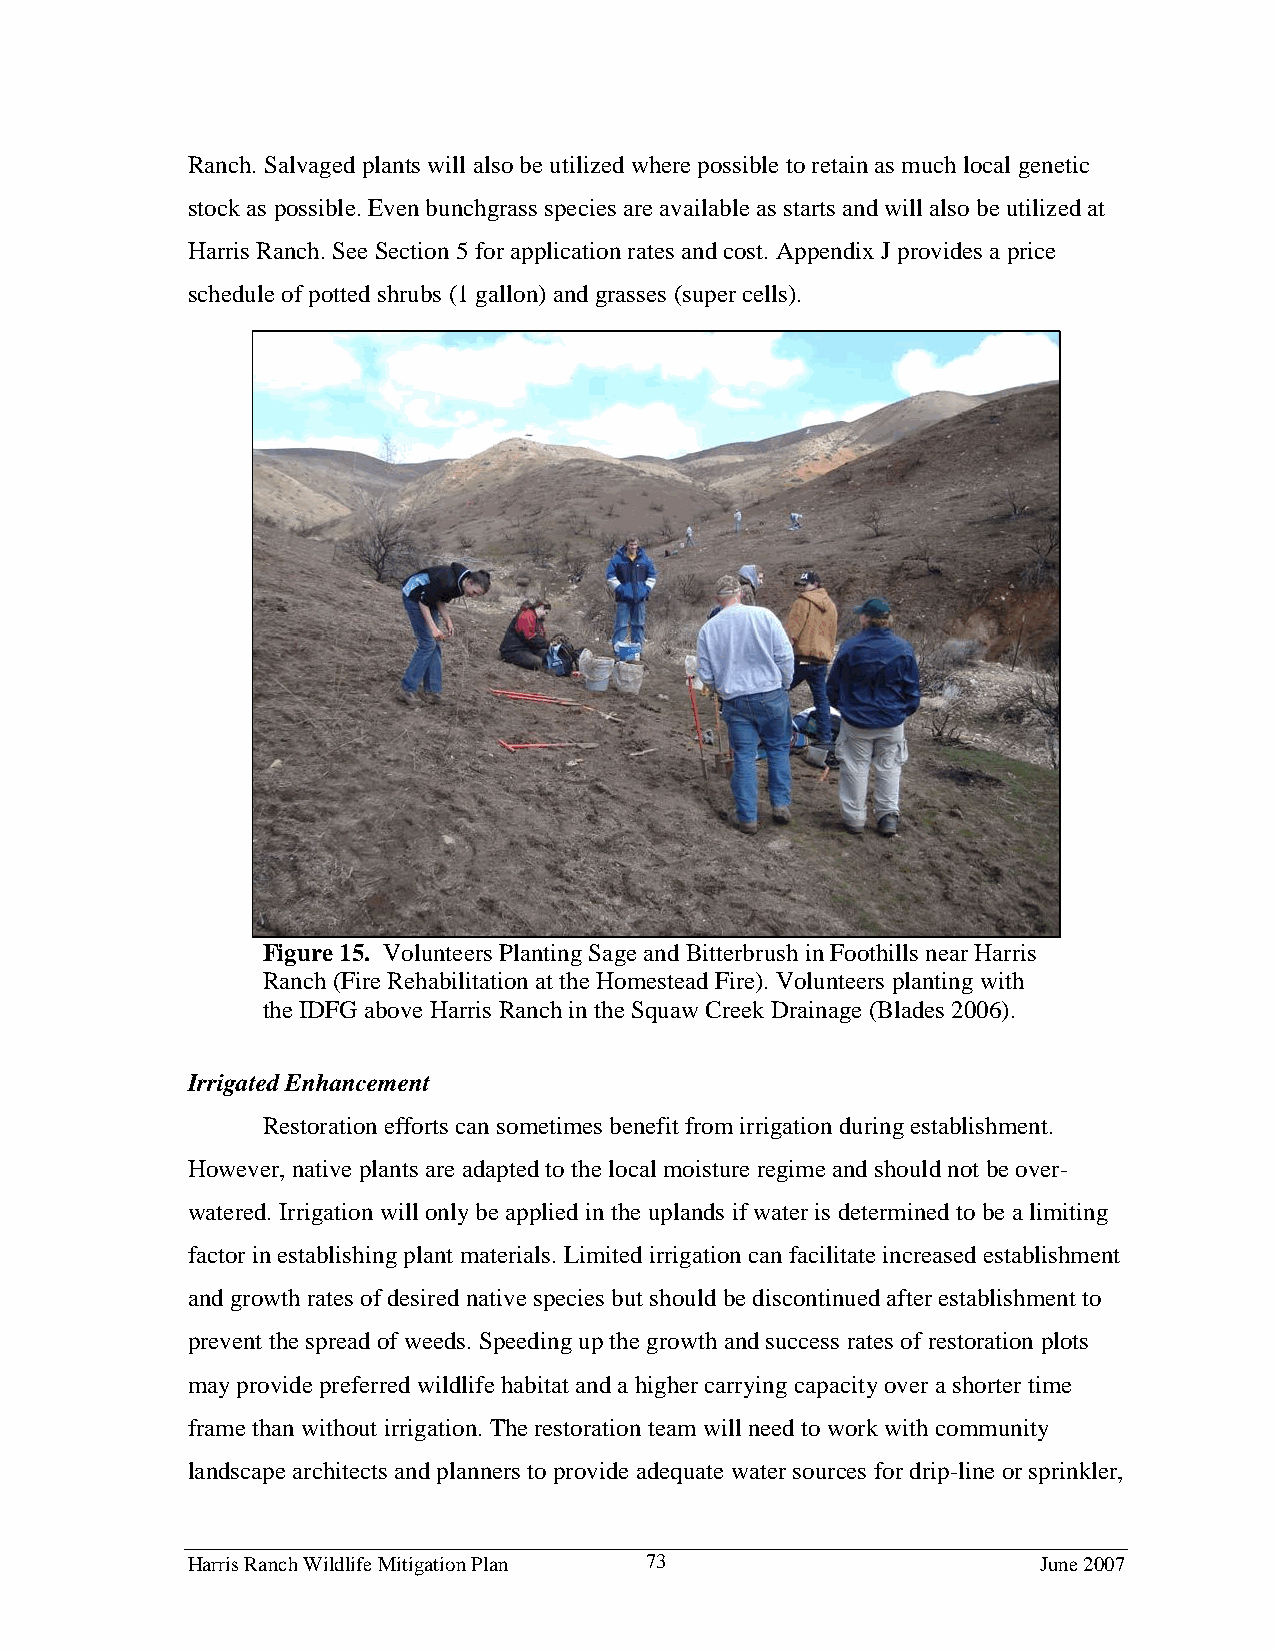
Ranch. Salvaged plants will also be utilized where possible to retain as much local genetic
 stock as possible. Even bunchgrass species are available as starts and will also be utilized at
 Harris Ranch. See Section 5 for application rates and cost. Appendix J provides a price
 schedule of potted shrubs (1 gallon) and grasses (super cells).
 Figure 15. Volunteers Planting Sage and Bitterbrush in Foothills near Harris
 Ranch (Fire Rehabilitation at the Homestead Fire). Volunteers planting with
 the IDFG above Harris Ranch in the Squaw Creek Drainage (Blades 2006).
 Irrigated Enhancement
 Restoration efforts can sometimes benefit from irrigation during establishment.
 However, native plants are adapted to the local moisture regime and should not be over-
 watered. Irrigation will only be applied in the uplands if water is determined to be a limiting
 factor in establishing plant materials. Limited irrigation can facilitate increased establishment
 and growth rates of desired native species but should be discontinued after establishment to
 prevent the spread of weeds. Speeding up the growth and success rates of restoration plots
 may provide preferred wildlife habitat and a higher carrying capacity over a shorter time
 frame than without irrigation. The restoration team will need to work with community
 landscape architects and planners to provide adequate water sources for drip-line or sprinkler,
 Harris Ranch Wildlife Mitigation Plan 73                 June 2007